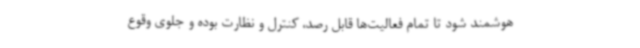
هوشمند شود تا تمام فعالیت‌ها قابل رصد، کنترل و نظارت بوده و جلوی وقوع